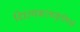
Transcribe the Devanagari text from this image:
शिल्पकलाकृतियों